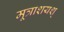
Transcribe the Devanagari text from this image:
मूत्राशयश्